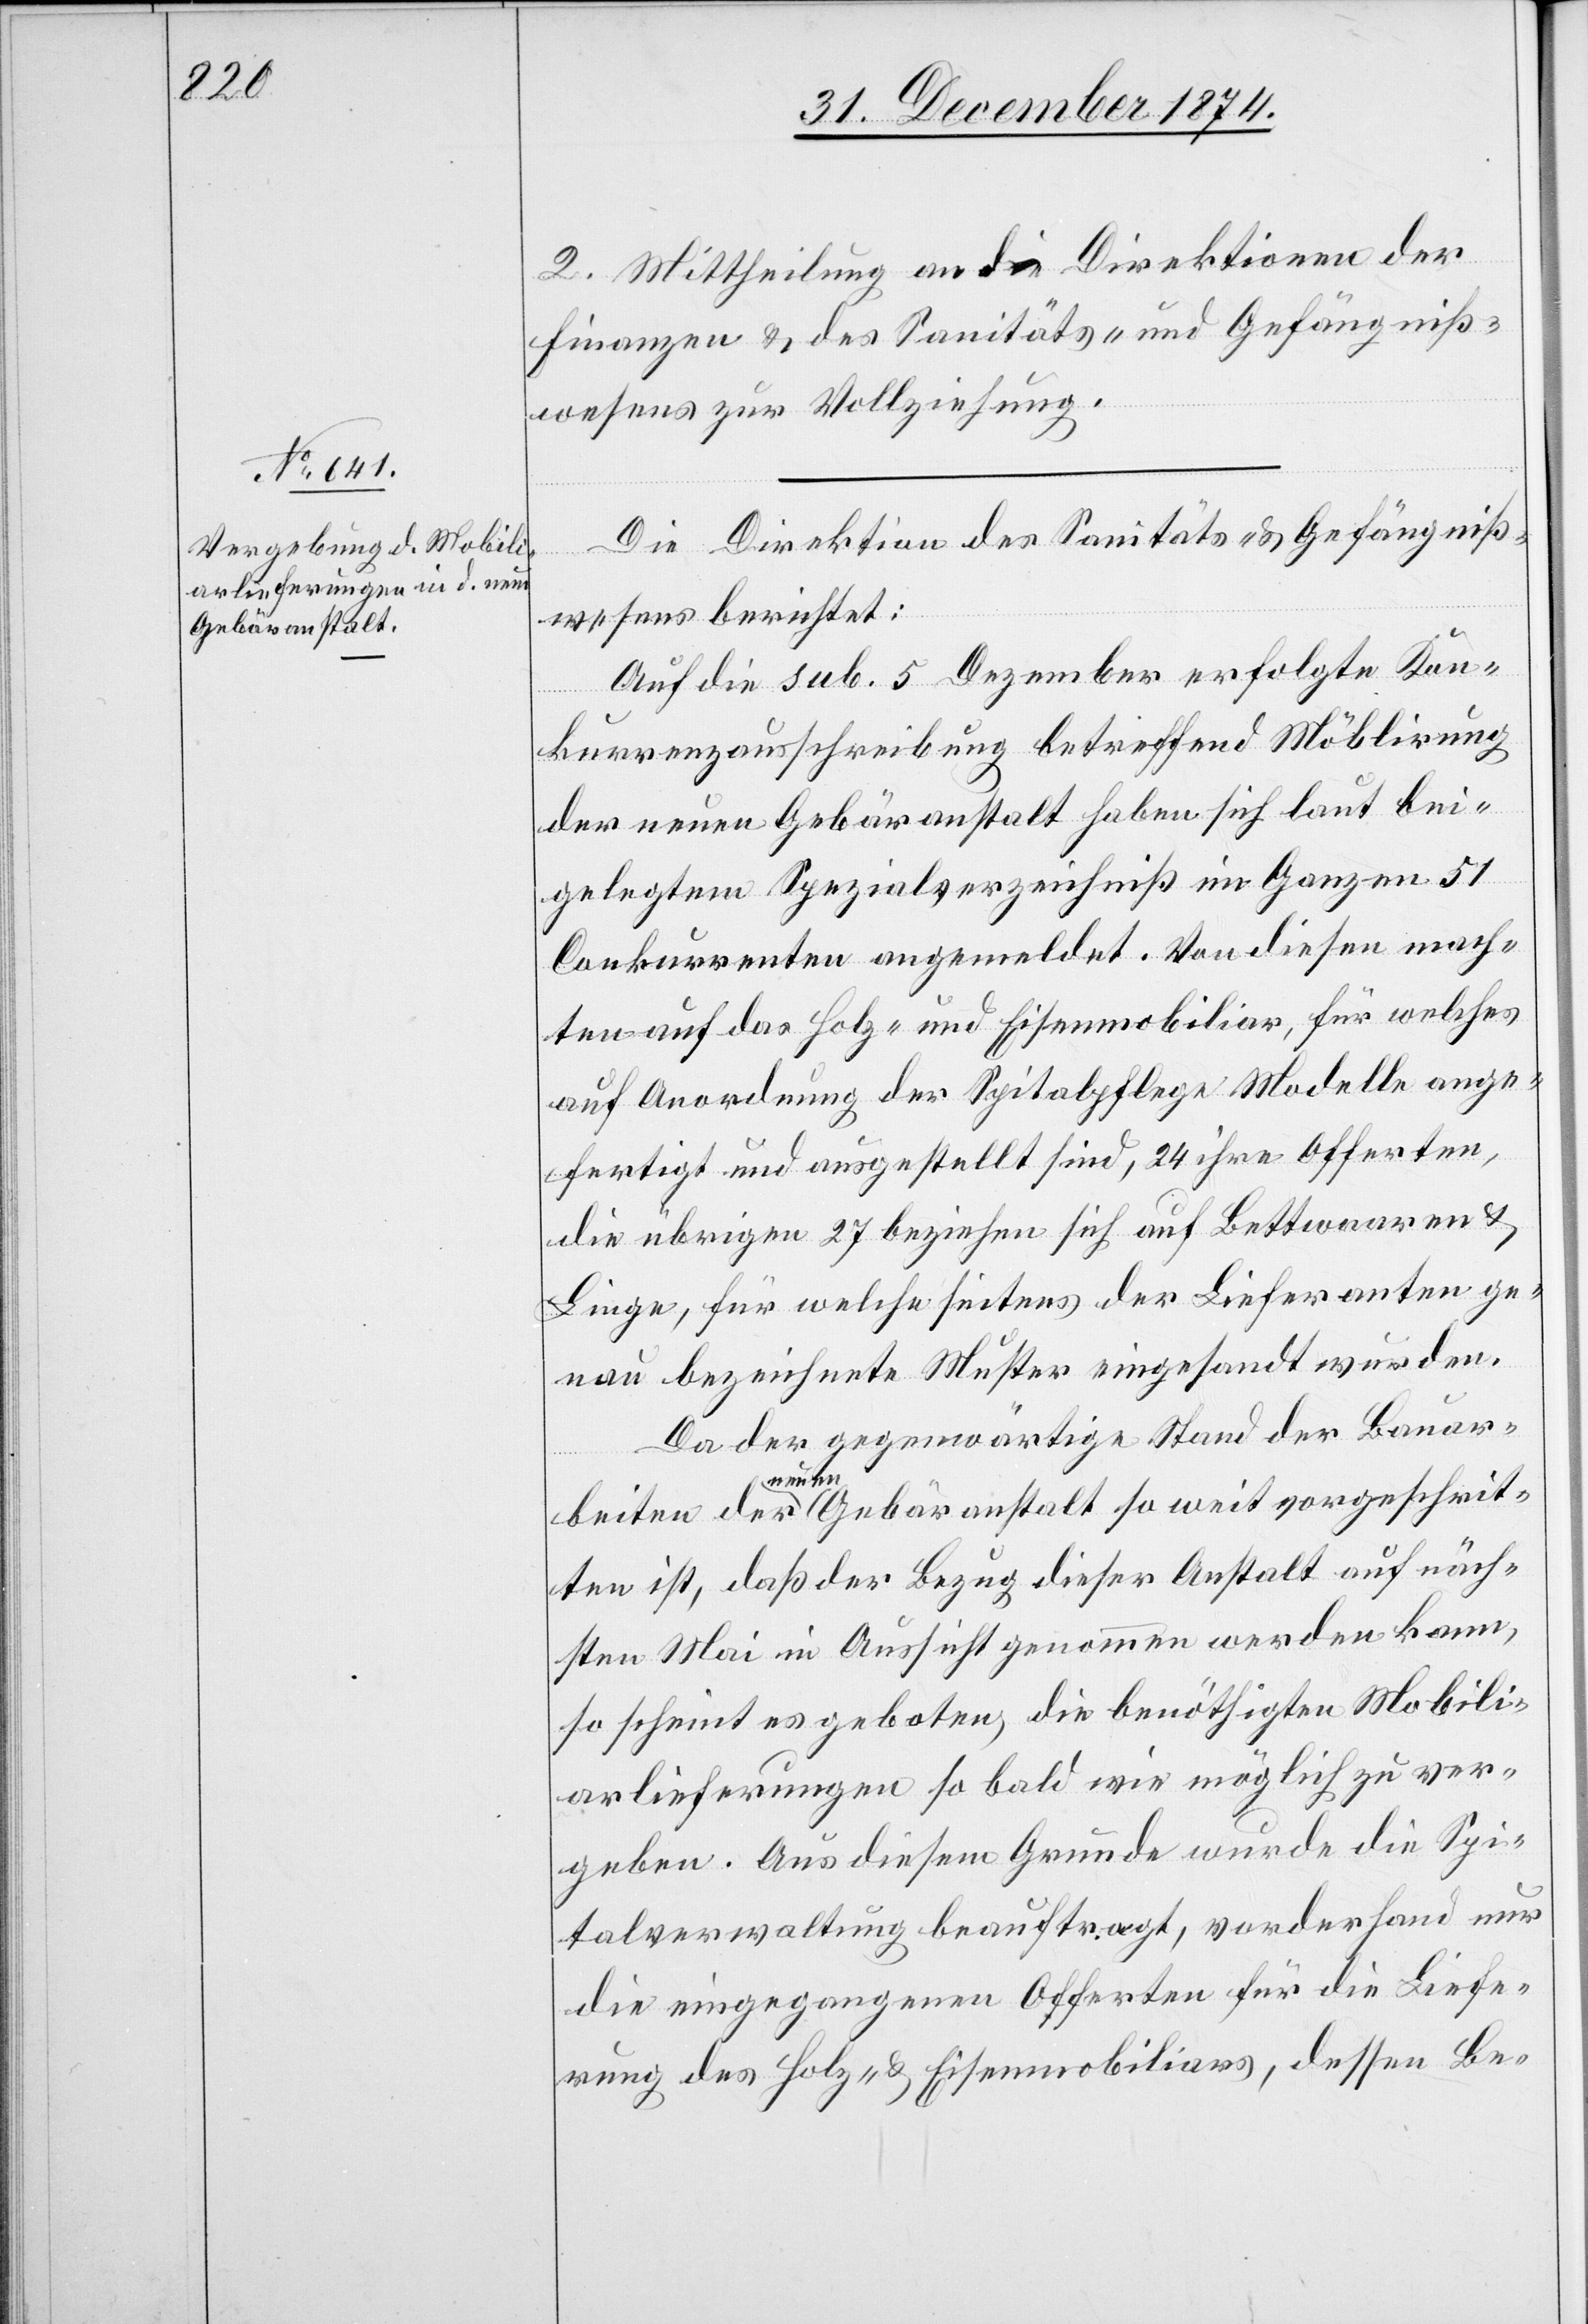
2. Mittheilung an die Direktionen der
Finanzen & des Sanitäts- & Gefängniß¬
wesens zur Vollziehung.
Die Direktion des Sanitäts- & Gefängniß¬
wesens berichtet:
Auf die sub. 5. Dezember erfolgte Kon¬
kurrenzausschreibung betreffend Möblirung
der neuen Gebäranstalt haben sich laut bei¬
gelegtem Spezialverzeichniß im Ganzen 51
Conkurrenten angemeldet. Von diesen mach¬
ten auf das Holz- und Eisenmobiliar, für welches
auf Anordnung der Spitalpflege Modelle ange¬
fertigt und ausgestellt sind, 24 ihre Offerten,
die übrigen 27 beziehen sich auf Bettwaaren &
Linge, für welche seitens der Lieferanten ge¬
nau bezeichnete Muster eingesandt wurden.
Da der gegenwärtige Stand der Bauar¬
beiten der neuen Gebäranstalt so weit vorgeschrit¬
ten ist, daß der Bezug dieser Anstalt auf näch¬
sten Mai in Aussicht genommen werden kann,
so scheint es geboten, die benöthigten Mobili¬
arlieferungen so bald wie möglich zu ver¬
geben. Aus diesem Grunde wurde die Spi¬
talverwaltung beauftragt, vorderhand nur
die eingegangenen Offerten für die Liefe¬
rung des Holz- & Eisenmobiliars, dessen Be-